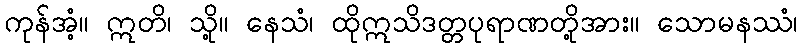
ကုန်အံ့။ ဣတိ၊ သို့။ နေသံ၊ ထိုဣသိဒတ္တပုရာဏတို့အား။ သောမနဿံ၊